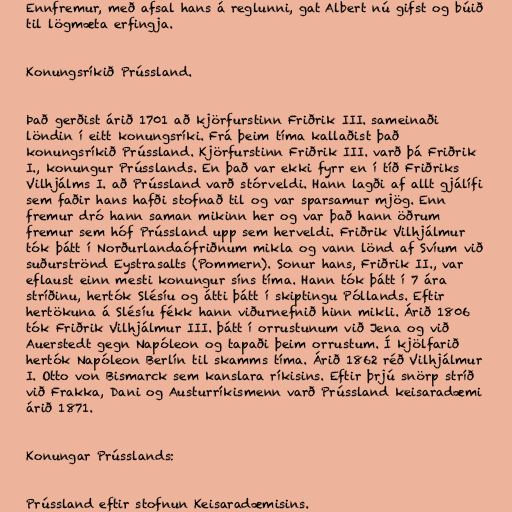
Ennfremur, með afsal hans á reglunni, gat Albert nú gifst og búið
til lögmæta erfingja.

Konungsríkið Prússland.

Það gerðist árið 1701 að kjörfurstinn Friðrik III. sameinaði
löndin í eitt konungsríki. Frá þeim tíma kallaðist það
konungsríkið Prússland. Kjörfurstinn Friðrik III. varð þá Friðrik
I., konungur Prússlands. En það var ekki fyrr en í tíð Friðriks
Vilhjálms I. að Prússland varð stórveldi. Hann lagði af allt gjálífi
sem faðir hans hafði stofnað til og var sparsamur mjög. Enn
fremur dró hann saman mikinn her og var það hann öðrum
fremur sem hóf Prússland upp sem herveldi. Friðrik Vilhjálmur
tók þátt í Norðurlandaófriðnum mikla og vann lönd af Svíum við
suðurströnd Eystrasalts (Pommern). Sonur hans, Friðrik II., var
eflaust einn mesti konungur síns tíma. Hann tók þátt í 7 ára
stríðinu, hertók Slésíu og átti þátt í skiptingu Póllands. Eftir
hertökuna á Slésíu fékk hann viðurnefnið hinn mikli. Árið 1806
tók Friðrik Vilhjálmur III. þátt í orrustunum við Jena og við
Auerstedt gegn Napóleon og tapaði þeim orrustum. Í kjölfarið
hertók Napóleon Berlín til skamms tíma. Árið 1862 réð Vilhjálmur
I. Otto von Bismarck sem kanslara ríkisins. Eftir þrjú snörp stríð
við Frakka, Dani og Austurríkismenn varð Prússland keisaradæmi
árið 1871.

Konungar Prússlands:

Prússland eftir stofnun Keisaradæmisins.